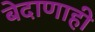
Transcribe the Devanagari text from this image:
बेदाणाही